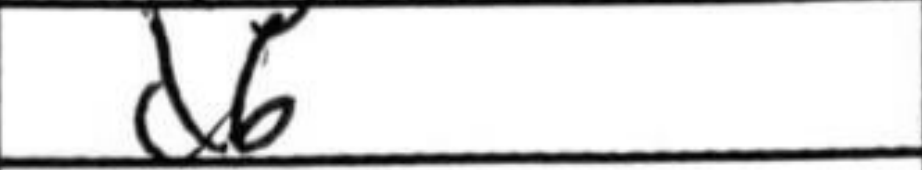
Transcription: d6